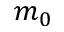
m _ { 0 }